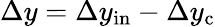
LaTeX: \Delta y=\Delta y_{\mathrm{in}}-\Delta y_{\mathrm{c}}